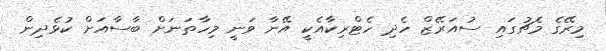
މިރޭގެ މެޗުގައި ސުއަރޭޒް ހެދި ހެޓްރިކާއެކީ އޭނާ ވަނީ މިހާތަނަށް ބާސާއަށް ކުޅެދިން